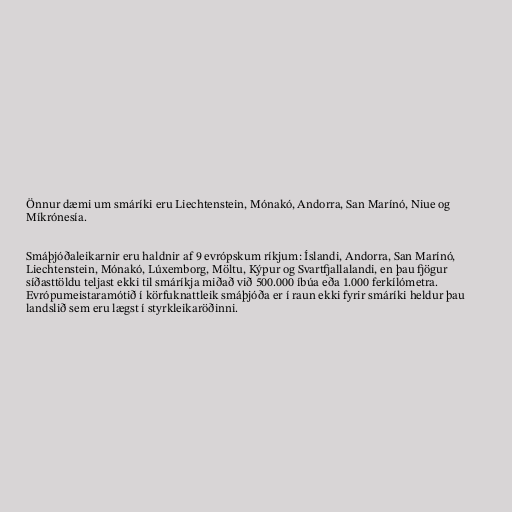
Önnur dæmi um smáríki eru Liechtenstein, Mónakó, Andorra, San Marínó, Niue og
Míkrónesía.

Smáþjóðaleikarnir eru haldnir af 9 evrópskum ríkjum: Íslandi, Andorra, San Marínó,
Liechtenstein, Mónakó, Lúxemborg, Möltu, Kýpur og Svartfjallalandi, en þau fjögur
síðasttöldu teljast ekki til smáríkja miðað við 500.000 íbúa eða 1.000 ferkílómetra.
Evrópumeistaramótið í körfuknattleik smáþjóða er í raun ekki fyrir smáríki heldur þau
landslið sem eru lægst í styrkleikaröðinni.